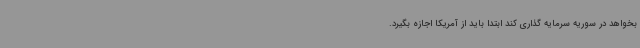
بخواهد در سوریه سرمایه گذاری کند ابتدا باید از آمریکا اجازه بگیرد.